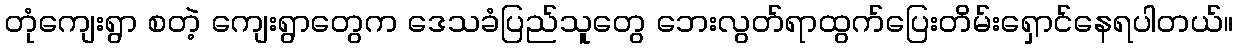
တုံကျေးရွာ စတဲ့ ကျေးရွာတွေက ဒေသခံပြည်သူတွေ ဘေးလွတ်ရာထွက်ပြေးတိမ်းရှောင်နေရပါတယ်။